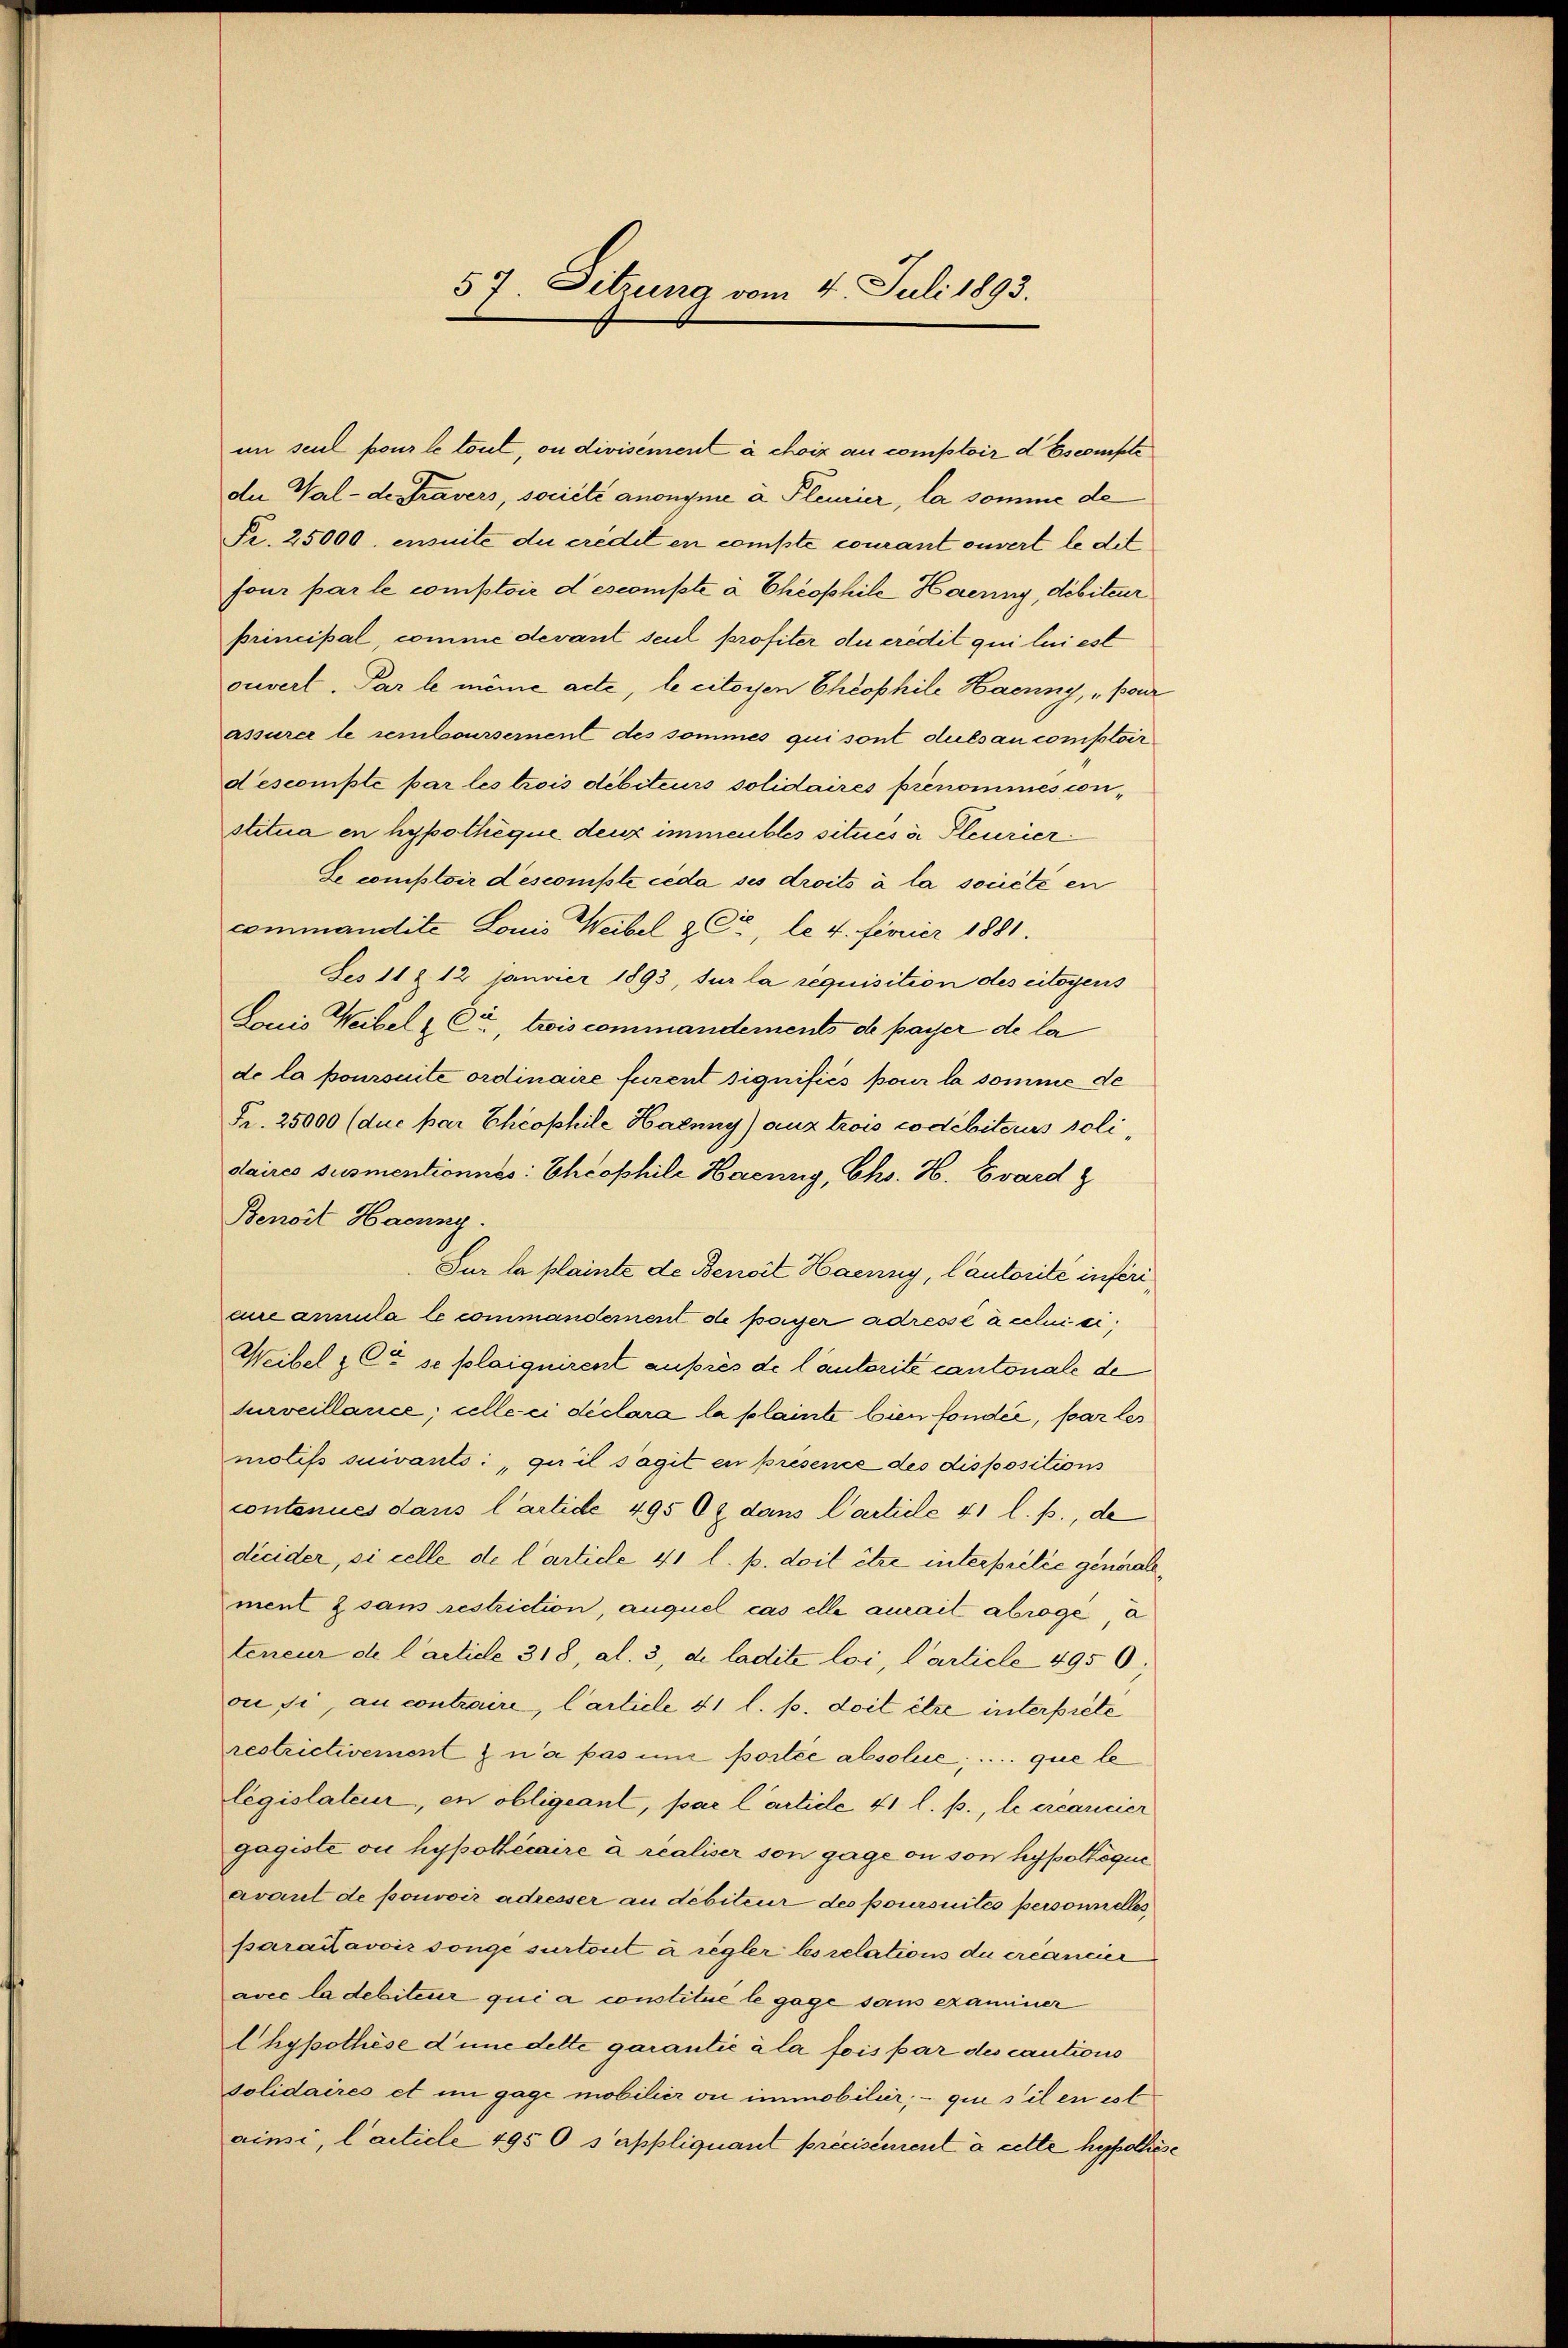
57. Sitzung vom 4. Juli 1893.

in seul pour le tout, ou divisément à choix au comptoir d Escompte
de Walde Stravers, société anonyme à Pleurier, la somme de
Fr. 25000, ensuite du credit en compte coucant ouvert le dit
four par le comptoir descompte à Cheophile Haenny, débiteur
principal, comme devant seul profiter du eredit qui lui est
ouverl. Par le même acte, le citoyen Cheophile Haenny, „pour
assurer le remboursernent des sommes qui sont dulsau comptoir
descompte par les trois débiteurs solidaires prénomines con-
stitua en hypothèque denz immeubles situés v. Pleurier
Se comploir descomisste ceda ses droits à la société en
commandite Louis Weibel & Cie, le 4. Ferner 1881.
es 11 Z. 12 janvier 1893, sur la requisition des citoyens
Louis Weibel & Cie, trois commandements de payer de la
de la poursuite ordinaire furent signifiés pour la somme de
Fr. 25000 (due par Cheophile Haenny) aus trois codébiterus solidaires susmentioness: Cheophile Haenny, Cho. H. Evard z
Benoit Haenny.
Sur la plainte de Benoit Haenny, Cautorité inféri
aucannula le commandement de payer adressé à celui si¬
Weibel & Ct se plaiquirent auprès de l’autorité cantonale de
Surveillance; celle ei déclara la plainte bien fonder, par les
motifs suivants, qu’il s’agit en presence des dispositions
contenues dans l’artide 495 0x dans Carticle 41 l. p., de
décider, si celle de l’article 41 l. p. doit être interprelić generale
ment & sans restriction, auquel cas elle amait abrogé a
teneur de l’article 318, al. 3, de ladité loi, Carticle 4950;
ou si, au contraire, Carticle 41 l. p. doit être interprete
restrictivement n’a pas un portée absolue, .... que le
legislateur, en obligeant, par l’article 41 l. p., le créancier
gagiste ou hypothécaire à realiser son gage ou son hypothéque
avaul de pouvoir adresser au débiteur des poursuités personnelles
parattavoir songe surtout à regler bsrelations du créancier
avec la debiteur qui a constitue le gage sans examiner
Chypothese d’une dette garantie à la fois par des cautions
solidaires et im gage mobilier ou immobilier, que s’il en est
ainsi, l’acticle 1950 s’appliquant précisément à cette hypothese